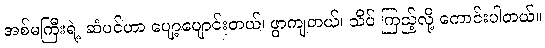
အစ်မကြီးရဲ့ ဆံပင်ဟာ ပျော့ပျောင်းတယ်၊ ဖွာကျတယ်၊ သိပ် ကြည့်လို့ ကောင်းပါတယ်။